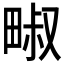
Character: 𱰹